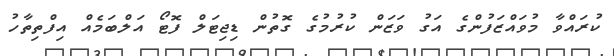
ކުރައްވާ މުވައްޒަފުންގެ އަގު ވަޒަން ކުރުމުގެ ގޮތުން ޑިޖިޓަލް ފޮޓޯ އަލްބަމެއް އިފްތިތާހު